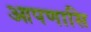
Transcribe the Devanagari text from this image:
आपणासि